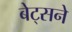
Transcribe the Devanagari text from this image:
बेट्सने